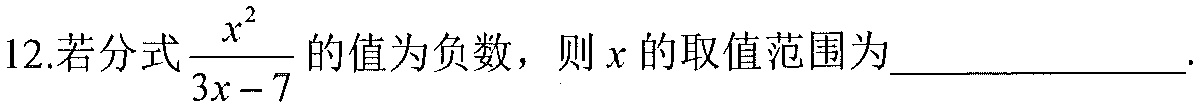
12.若分式\(\dfrac{x^{2}}{3x - 7}\)的值为负数，则\(x\)的取值范围为_____________.